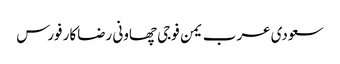
سعودی عرب یمن فوجی چھاونی رضاکار فورس